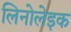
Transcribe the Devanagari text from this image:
लिनोलेइक